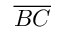
\overline { { B C } }